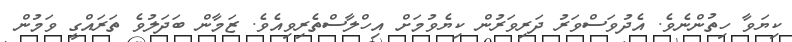
ކިޔަވާ ހިތުންނެވެ. އެދުވަސްވަރު ދަރިވަރުން ކިޔެވުމަށް އިހްލާސްތެރިވިއެވެ. ޒަމާން ބަދަލުވެ ތަރައްގީ ވަމުން